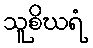
သူစိဃရံ